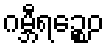
ဂမ္ဘီရဉ္စေဝ